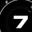
Digit: 7